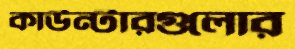
কাউন্টারগুলোর